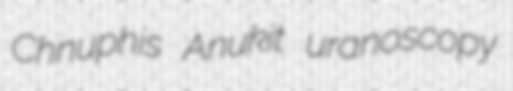
Chnuphis Anukit uranoscopy